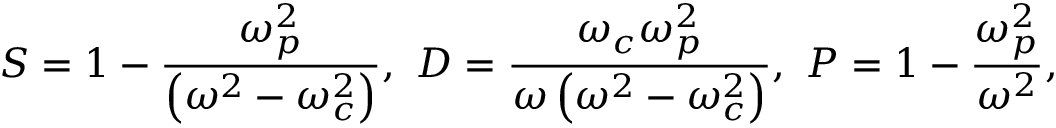
S = 1 - \frac { \omega _ { p } ^ { 2 } } { \left( \omega ^ { 2 } - \omega _ { c } ^ { 2 } \right) } , \ D = \frac { \omega _ { c } \omega _ { p } ^ { 2 } } { \omega \left( \omega ^ { 2 } - \omega _ { c } ^ { 2 } \right) } , \ P = 1 - \frac { \omega _ { p } ^ { 2 } } { \omega ^ { 2 } } ,